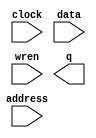
// This program was cloned from: https://github.com/cxdzyq1110/NPU_on_FPGA
// License: BSD 2-Clause "Simplified" License

// megafunction wizard: %RAM: 1-PORT%VBB%
// GENERATION: STANDARD
// VERSION: WM1.0
// MODULE: altsyncram 

// ============================================================
// Megafunction Name(s):
// 			altsyncram
//
// Simulation Library Files(s):
// 			altera_mf
// ============================================================
// ************************************************************
// THIS IS A WIZARD-GENERATED FILE. DO NOT EDIT THIS FILE!
//
// 16.1.0 Build 196 10/24/2016 SJ Standard Edition
// ************************************************************

//Copyright (C) 2016  Intel Corporation. All rights reserved.
//Your use of Intel Corporation's design tools, logic functions 
//and other software and tools, and its AMPP partner logic 
//functions, and any output files from any of the foregoing 
//(including device programming or simulation files), and any 
//associated documentation or information are expressly subject 
//to the terms and conditions of the Intel Program License 
//Subscription Agreement, the Intel Quartus Prime License Agreement,
//the Intel MegaCore Function License Agreement, or other 
//applicable license agreement, including, without limitation, 
//that your use is for the sole purpose of programming logic 
//devices manufactured by Intel and sold by Intel or its 
//authorized distributors.  Please refer to the applicable 
//agreement for further details.

module npu_inst_ram_bak (
	address,
	clock,
	data,
	wren,
	q);

	input	[9:0]  address;
	input	  clock;
	input	[127:0]  data;
	input	  wren;
	output	[127:0]  q;
`ifndef ALTERA_RESERVED_QIS
// synopsys translate_off
`endif
	tri1	  clock;
`ifndef ALTERA_RESERVED_QIS
// synopsys translate_on
`endif

endmodule

// ============================================================
// CNX file retrieval info
// ============================================================
// Retrieval info: PRIVATE: ADDRESSSTALL_A NUMERIC "0"
// Retrieval info: PRIVATE: AclrAddr NUMERIC "0"
// Retrieval info: PRIVATE: AclrByte NUMERIC "0"
// Retrieval info: PRIVATE: AclrData NUMERIC "0"
// Retrieval info: PRIVATE: AclrOutput NUMERIC "0"
// Retrieval info: PRIVATE: BYTE_ENABLE NUMERIC "0"
// Retrieval info: PRIVATE: BYTE_SIZE NUMERIC "8"
// Retrieval info: PRIVATE: BlankMemory NUMERIC "1"
// Retrieval info: PRIVATE: CLOCK_ENABLE_INPUT_A NUMERIC "0"
// Retrieval info: PRIVATE: CLOCK_ENABLE_OUTPUT_A NUMERIC "0"
// Retrieval info: PRIVATE: Clken NUMERIC "0"
// Retrieval info: PRIVATE: DataBusSeparated NUMERIC "1"
// Retrieval info: PRIVATE: IMPLEMENT_IN_LES NUMERIC "0"
// Retrieval info: PRIVATE: INIT_FILE_LAYOUT STRING "PORT_A"
// Retrieval info: PRIVATE: INIT_TO_SIM_X NUMERIC "0"
// Retrieval info: PRIVATE: INTENDED_DEVICE_FAMILY STRING "Cyclone IV E"
// Retrieval info: PRIVATE: JTAG_ENABLED NUMERIC "1"
// Retrieval info: PRIVATE: JTAG_ID STRING "inst"
// Retrieval info: PRIVATE: MAXIMUM_DEPTH NUMERIC "0"
// Retrieval info: PRIVATE: MIFfilename STRING ""
// Retrieval info: PRIVATE: NUMWORDS_A NUMERIC "1024"
// Retrieval info: PRIVATE: RAM_BLOCK_TYPE NUMERIC "0"
// Retrieval info: PRIVATE: READ_DURING_WRITE_MODE_PORT_A NUMERIC "3"
// Retrieval info: PRIVATE: RegAddr NUMERIC "1"
// Retrieval info: PRIVATE: RegData NUMERIC "1"
// Retrieval info: PRIVATE: RegOutput NUMERIC "1"
// Retrieval info: PRIVATE: SYNTH_WRAPPER_GEN_POSTFIX STRING "0"
// Retrieval info: PRIVATE: SingleClock NUMERIC "1"
// Retrieval info: PRIVATE: UseDQRAM NUMERIC "1"
// Retrieval info: PRIVATE: WRCONTROL_ACLR_A NUMERIC "0"
// Retrieval info: PRIVATE: WidthAddr NUMERIC "10"
// Retrieval info: PRIVATE: WidthData NUMERIC "128"
// Retrieval info: PRIVATE: rden NUMERIC "0"
// Retrieval info: LIBRARY: altera_mf altera_mf.altera_mf_components.all
// Retrieval info: CONSTANT: CLOCK_ENABLE_INPUT_A STRING "BYPASS"
// Retrieval info: CONSTANT: CLOCK_ENABLE_OUTPUT_A STRING "BYPASS"
// Retrieval info: CONSTANT: INTENDED_DEVICE_FAMILY STRING "Cyclone IV E"
// Retrieval info: CONSTANT: LPM_HINT STRING "ENABLE_RUNTIME_MOD=YES,INSTANCE_NAME=inst"
// Retrieval info: CONSTANT: LPM_TYPE STRING "altsyncram"
// Retrieval info: CONSTANT: NUMWORDS_A NUMERIC "1024"
// Retrieval info: CONSTANT: OPERATION_MODE STRING "SINGLE_PORT"
// Retrieval info: CONSTANT: OUTDATA_ACLR_A STRING "NONE"
// Retrieval info: CONSTANT: OUTDATA_REG_A STRING "CLOCK0"
// Retrieval info: CONSTANT: POWER_UP_UNINITIALIZED STRING "FALSE"
// Retrieval info: CONSTANT: READ_DURING_WRITE_MODE_PORT_A STRING "NEW_DATA_NO_NBE_READ"
// Retrieval info: CONSTANT: WIDTHAD_A NUMERIC "10"
// Retrieval info: CONSTANT: WIDTH_A NUMERIC "128"
// Retrieval info: CONSTANT: WIDTH_BYTEENA_A NUMERIC "1"
// Retrieval info: USED_PORT: address 0 0 10 0 INPUT NODEFVAL "address[9..0]"
// Retrieval info: USED_PORT: clock 0 0 0 0 INPUT VCC "clock"
// Retrieval info: USED_PORT: data 0 0 128 0 INPUT NODEFVAL "data[127..0]"
// Retrieval info: USED_PORT: q 0 0 128 0 OUTPUT NODEFVAL "q[127..0]"
// Retrieval info: USED_PORT: wren 0 0 0 0 INPUT NODEFVAL "wren"
// Retrieval info: CONNECT: @address_a 0 0 10 0 address 0 0 10 0
// Retrieval info: CONNECT: @clock0 0 0 0 0 clock 0 0 0 0
// Retrieval info: CONNECT: @data_a 0 0 128 0 data 0 0 128 0
// Retrieval info: CONNECT: @wren_a 0 0 0 0 wren 0 0 0 0
// Retrieval info: CONNECT: q 0 0 128 0 @q_a 0 0 128 0
// Retrieval info: GEN_FILE: TYPE_NORMAL npu_inst_ram_bak.v TRUE
// Retrieval info: GEN_FILE: TYPE_NORMAL npu_inst_ram_bak.inc FALSE
// Retrieval info: GEN_FILE: TYPE_NORMAL npu_inst_ram_bak.cmp FALSE
// Retrieval info: GEN_FILE: TYPE_NORMAL npu_inst_ram_bak.bsf FALSE
// Retrieval info: GEN_FILE: TYPE_NORMAL npu_inst_ram_bak_inst.v FALSE
// Retrieval info: GEN_FILE: TYPE_NORMAL npu_inst_ram_bak_bb.v TRUE
// Retrieval info: LIB_FILE: altera_mf